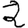
Digit: 2